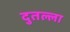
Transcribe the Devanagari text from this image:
दुतल्ला